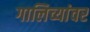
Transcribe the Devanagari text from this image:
गालिच्यांवर